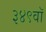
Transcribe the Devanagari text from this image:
३४९वॉ